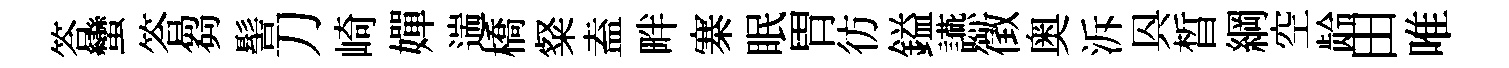
答蠻答芻髻刀崎嬋遄橋粲盍畔寨眠胃彷鎰讌徵奥泝㒷晳綱空龄田唯